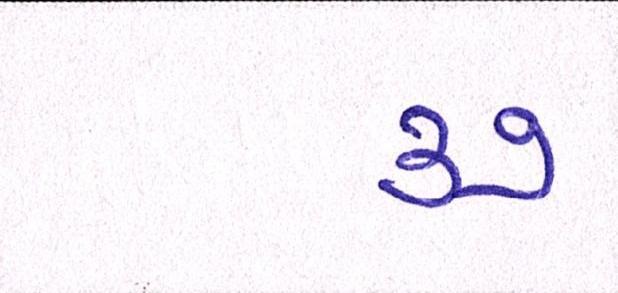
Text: ૩૭